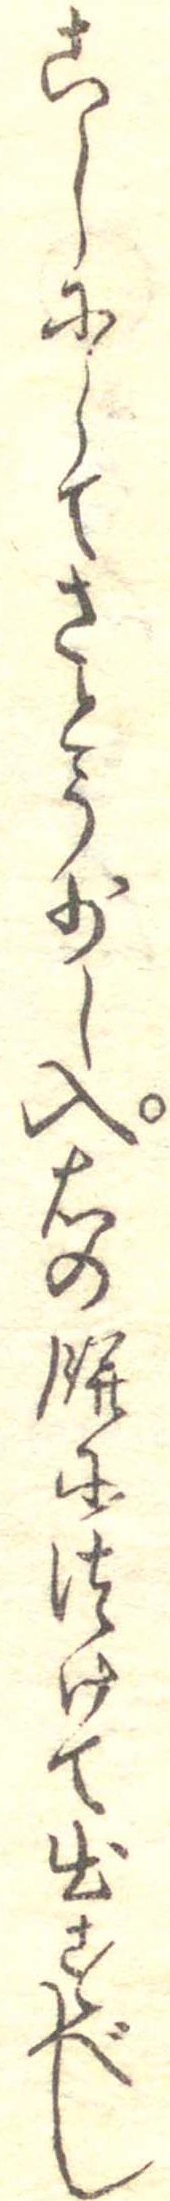
こしにしてさとう少し入右の餅につけて出すべし